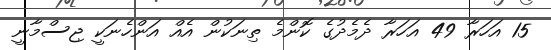
15 އަހަރާ 49 އަހަރާ ދެމެދުގެ ކޮންމެ ތިނަކުން އެއް އަންހެނަކީ ޖިސްމާނީ